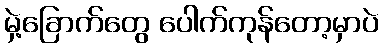
မှဲ့ခြောက်တွေ ပေါက်ကုန်တော့မှာပဲ